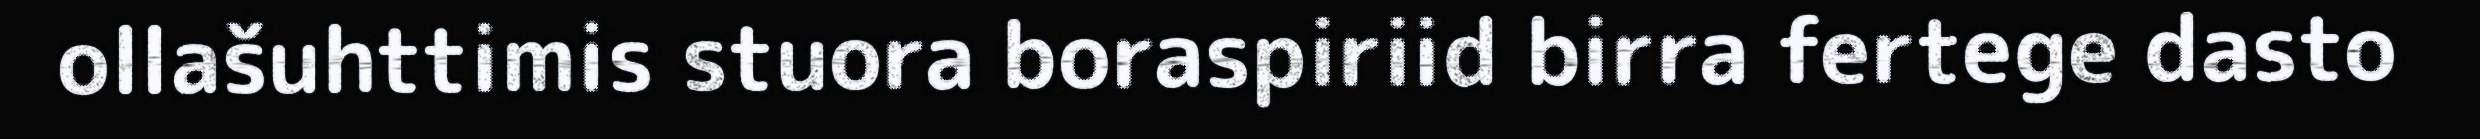
ollašuhttimis stuora boraspiriid birra fertege dasto